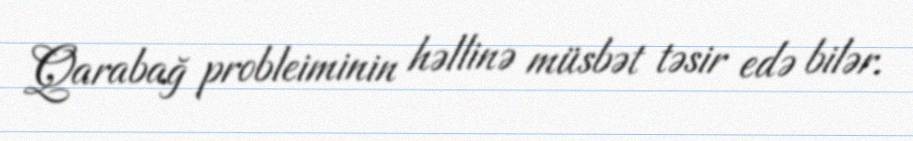
Qarabağ probleiminin həllinə müsbət təsir edə bilər.